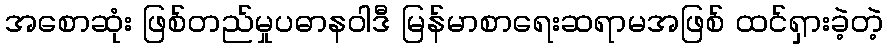
အစောဆုံး ဖြစ်တည်မှုပဓာနဝါဒီ မြန်မာစာရေးဆရာမအဖြစ် ထင်ရှားခဲ့တဲ့